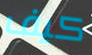
كيف